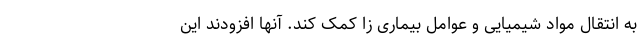
به انتقال مواد شیمیایی و عوامل بیماری زا کمک کند. آنها افزودند این